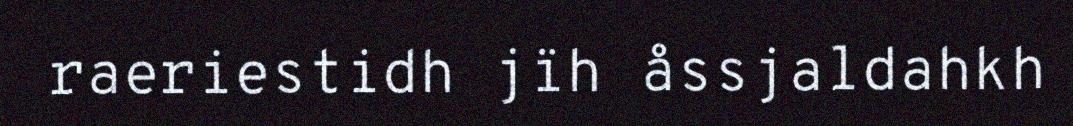
raeriestidh jïh åssjaldahkh